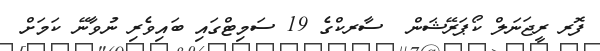
ފޮރ ރީޖަނަލް ކޯޕަރޭޝަން  ސާރކްގެ 19 ސަމިޓްގައި ބައިވެރި ނުވާނޭ ކަމަށް